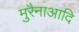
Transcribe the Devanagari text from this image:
मुरैनाआदि